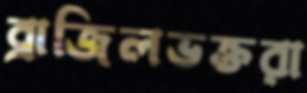
ব্রাজিলভক্তরা